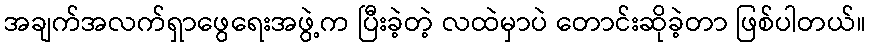
အချက်အလက်ရှာဖွေရေးအဖွဲ့က ပြီးခဲ့တဲ့ လထဲမှာပဲ တောင်းဆိုခဲ့တာ ဖြစ်ပါတယ်။